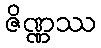
ဇိဏ္ဏဿ